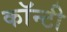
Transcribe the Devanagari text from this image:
काॅन्टी